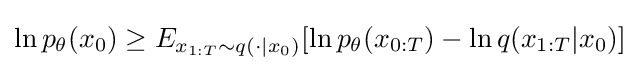
\ln p_{\theta }(x_{0})\geq E_{x_{1:T}\sim q(\cdot |x_{0})}[\ln p_{\theta }(x_{0:T})-\ln q(x_{1:T}|x_{0})]